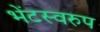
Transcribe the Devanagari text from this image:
भेंटस्‍वरुप